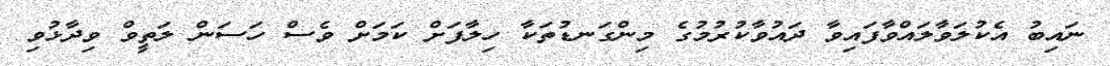
ނައިބު އެކުލަވާލައްވާފައިވާ ދައުވާކުރުމުގެ މިންގަނޑުތަކާ ހިލާފަށް ކަމަށް ވެސް ހަސަން ލަތީވް ވިދާޅުވި